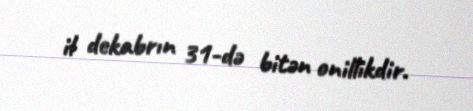
il dekabrın 31-də bitən onillikdir.